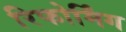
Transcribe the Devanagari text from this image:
रिफोर्मिंग